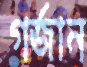
গর্‌জান